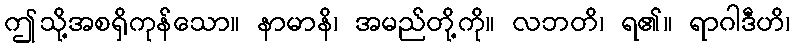
ဤသို့အစရှိကုန်သော။ နာမာနိ၊ အမည်တို့ကို။ လဘတိ၊ ရ၏။ ရာဂါဒီဟိ၊